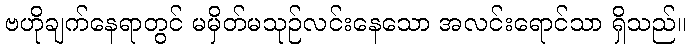
ဗဟိုချက်နေရာတွင် မမှိတ်မသုဉ်လင်းနေသော အလင်းရောင်သာ ရှိသည်။